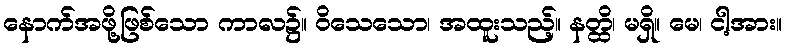
နောက်အဖို့ဖြစ်သော ကာလ၌။ ဝိသေသော၊ အထူးသည့်။ နတ္ထိ၊ မရှိ။ မေ၊ ငါ့အား။